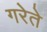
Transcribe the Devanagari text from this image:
गरेते